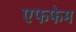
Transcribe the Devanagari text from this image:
एफफेम